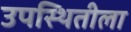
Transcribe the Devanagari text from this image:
उपस्थितीला